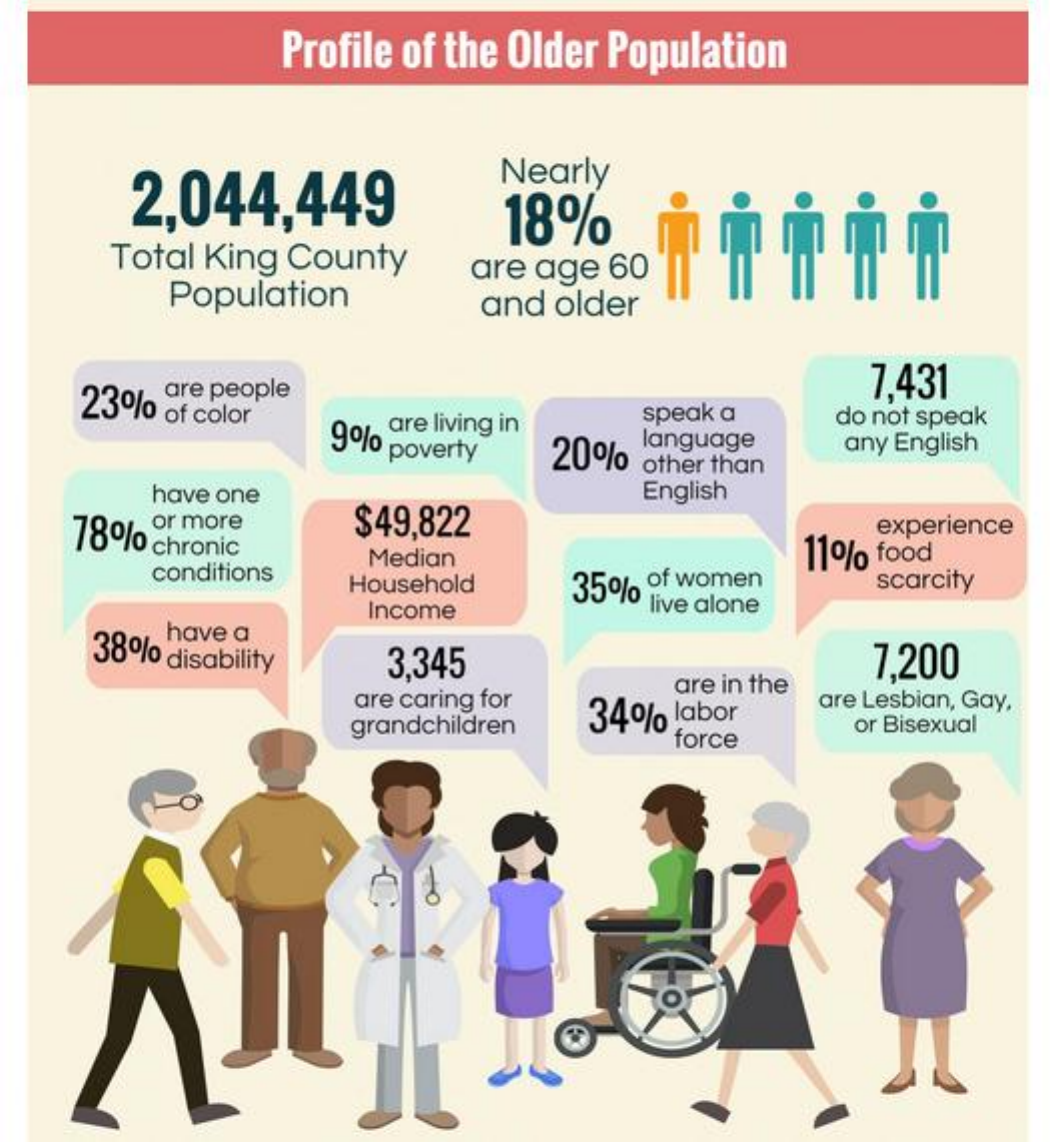
Profile of the Older Population
     2,044,449
     Nearly
     18%
     Total King County
     Population
     are age 60
     and older
     are people 23% of color
     7,431
     are living in
     9% poverty
     speak a
     20%
     language
     do not speak
     other than
     any English
     have one
     $49,822
     English
    78% chronic
     or more    experience
     Median    11% food
     conditions Household 350% of women scarcity
     have a
     Income    live alone
     38% disability 3,345    7,200
     are caring for
     34%
     are in the
     are Lesbian, Gay,
     grandchildren force
     or Bisexual